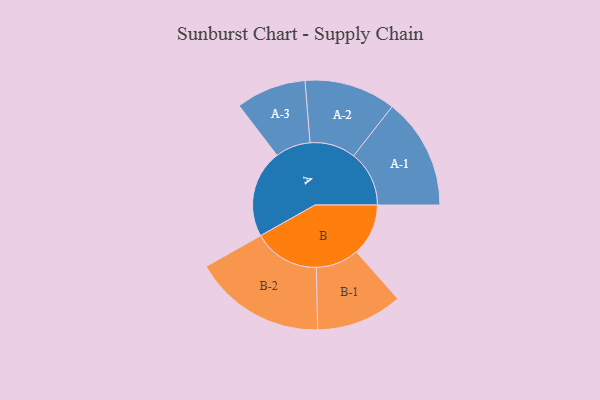
{"axis": {"x": "Segment", "y": "Value"}, "legend": ["", "A", "B"], "data": [{"x": "A", "y": 365, "type": ""}, {"x": "B", "y": 216, "type": ""}, {"x": "A-1", "y": 231, "type": "A"}, {"x": "A-2", "y": 190, "type": "A"}, {"x": "A-3", "y": 146, "type": "A"}, {"x": "B-1", "y": 179, "type": "B"}, {"x": "B-2", "y": 275, "type": "B"}]}